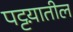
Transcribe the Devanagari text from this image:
पट्टय़ातील